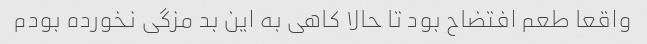
واقعا طعم افتضاح بود تا حالا کاهی به این بد مزگی نخورده بودم